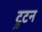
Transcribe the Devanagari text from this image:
ट्रुटन